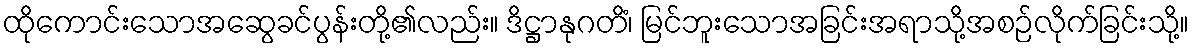
ထိုကောင်းသောအဆွေခင်ပွန်းတို့၏လည်း။ ဒိဋ္ဌာနုဂတိံ၊ မြင်ဘူးသောအခြင်းအရာသို့အစဉ်လိုက်ခြင်းသို့။